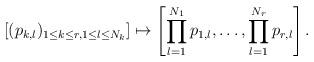
LaTeX: \begin{align*}[(p_{k,l})_{1 \leq k \leq r,1\leq l \leq N_k}]\mapsto \left[ \prod_{l=1}^{N_1} p_{1,l},\dots,\prod_{l = 1}^{N_r} p_{r,l}\right].\end{align*}